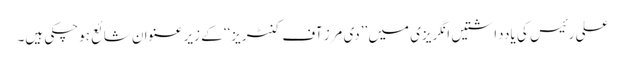
علی رئیس کی یادداشتیں انگریزی میں ’’دی مِرز آف کنٹریز‘‘ کے زیر عنوان شائع ہوچکی ہیں۔